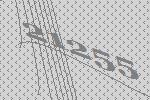
21255